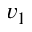
v _ { 1 }